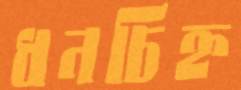
ধনচিহ্ন